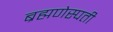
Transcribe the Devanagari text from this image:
ब्रह्मणेस्पती